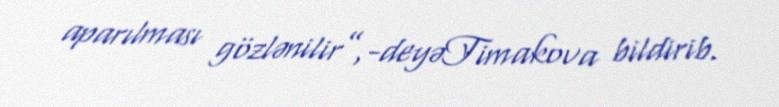
aparılması gözlənilir”,-deyəTimakova bildirib.